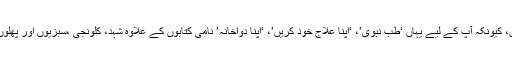
اس اسٹال سے کتاب خریدیں اور اپنا علاج باآسانی کر یں، کیونکہ آپ کے لیے یہاں ‘طب نبوی’، ‘اپنا علاج خود کریں’، ‘اپنا دواخانہ’ نامی کتابوں کے علاوہ شہد، کلونجی ،سبزیوں اور پھلوں سے علاج کے طریقوں پر مبنی کتابیں بھی پائی گئیں۔